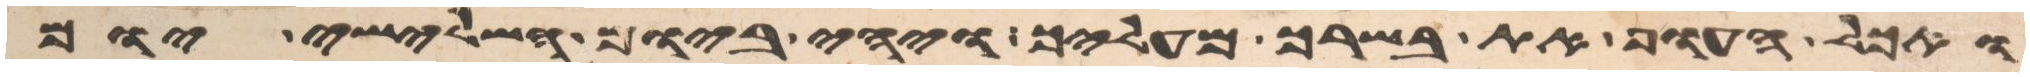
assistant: ואכל העוף את בשרך מעליך ויהי ביום השלישי יום